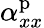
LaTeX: \alpha_{xx}^{\mathrm{p}}